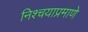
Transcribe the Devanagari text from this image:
निश्चयाप्रमाणे